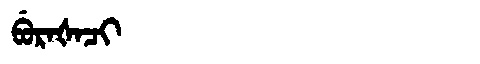
Manchu: ᠪᡠᡵᠠᡧᠠᠴᡳ
Romanization: BURAŠACI